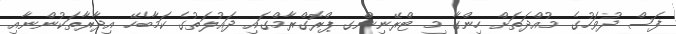
ފަސް ދުވަހުގެ މުއްދަތަށް ހިންގާ މި ޓްރޭނިންގ ޕްރޮގްރާމްގައި ދައުލަތުގެ ކަމާބެހޭ އިދާރާތަކުންނާއި